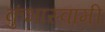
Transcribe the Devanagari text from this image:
कुंभास्वामी